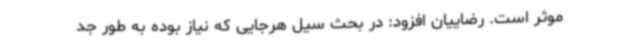
موثر است. رضاییان افزود: در بحث سیل هرجایی که نیاز بوده به طور جد